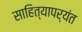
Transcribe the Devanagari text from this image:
साहित्यापर्यंत